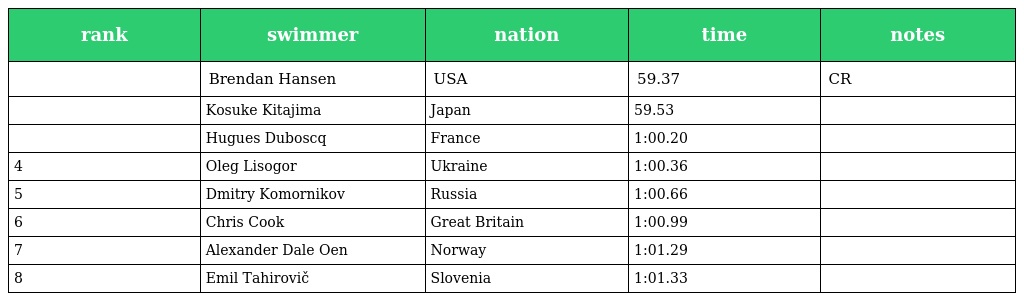
| rank | swimmer | nation | time | notes |
 | --- | --- | --- | --- | --- |
 |  | Brendan Hansen | USA | 59.37 | CR |
 |  | Kosuke Kitajima | Japan | 59.53 |  |
 |  | Hugues Duboscq | France | 1:00.20 |  |
 | 4 | Oleg Lisogor | Ukraine | 1:00.36 |  |
 | 5 | Dmitry Komornikov | Russia | 1:00.66 |  |
 | 6 | Chris Cook | Great Britain | 1:00.99 |  |
 | 7 | Alexander Dale Oen | Norway | 1:01.29 |  |
 | 8 | Emil Tahirovič | Slovenia | 1:01.33 |  |